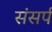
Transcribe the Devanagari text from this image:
संसर्प